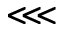
\lll